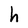
Character: h